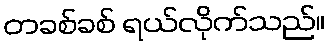
တခစ်ခစ် ရယ်လိုက်သည်။